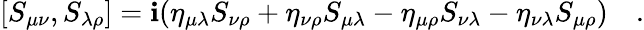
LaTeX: [S_{\mu\nu},S_{\lambda\rho}]=\mathbf{i}(\eta_{\mu\lambda}S_{\nu\rho}+\eta_{\nu\rho}S_{\mu\lambda}-\eta_{\mu\rho}S_{\nu\lambda}-\eta_{\nu\lambda}S_{\mu\rho})~~~~.